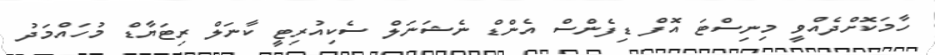
ހާމަކޮށްދެއްވީ މިނިސްޓަ އޮފް ޑިފެންސް އެންޑް ނެޝަނަލް ސެކިއުރިޓީ ކާނަލް ރިޓަޔާޑް މުހައްމަދު